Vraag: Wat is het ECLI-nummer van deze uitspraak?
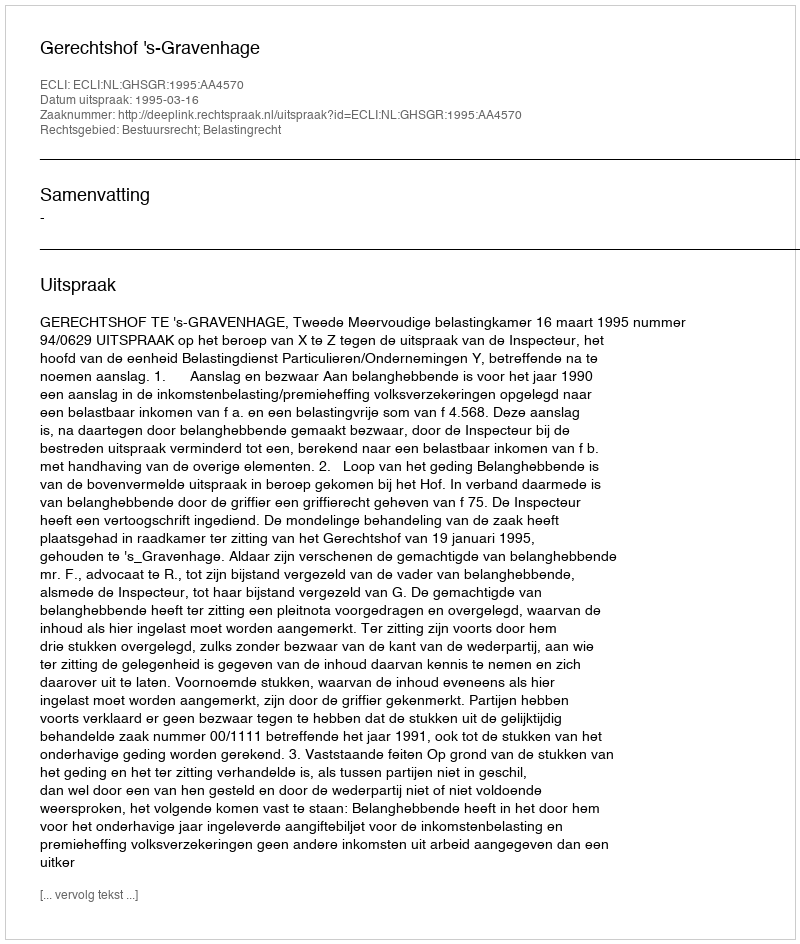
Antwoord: ECLI:NL:GHSGR:1995:AA4570